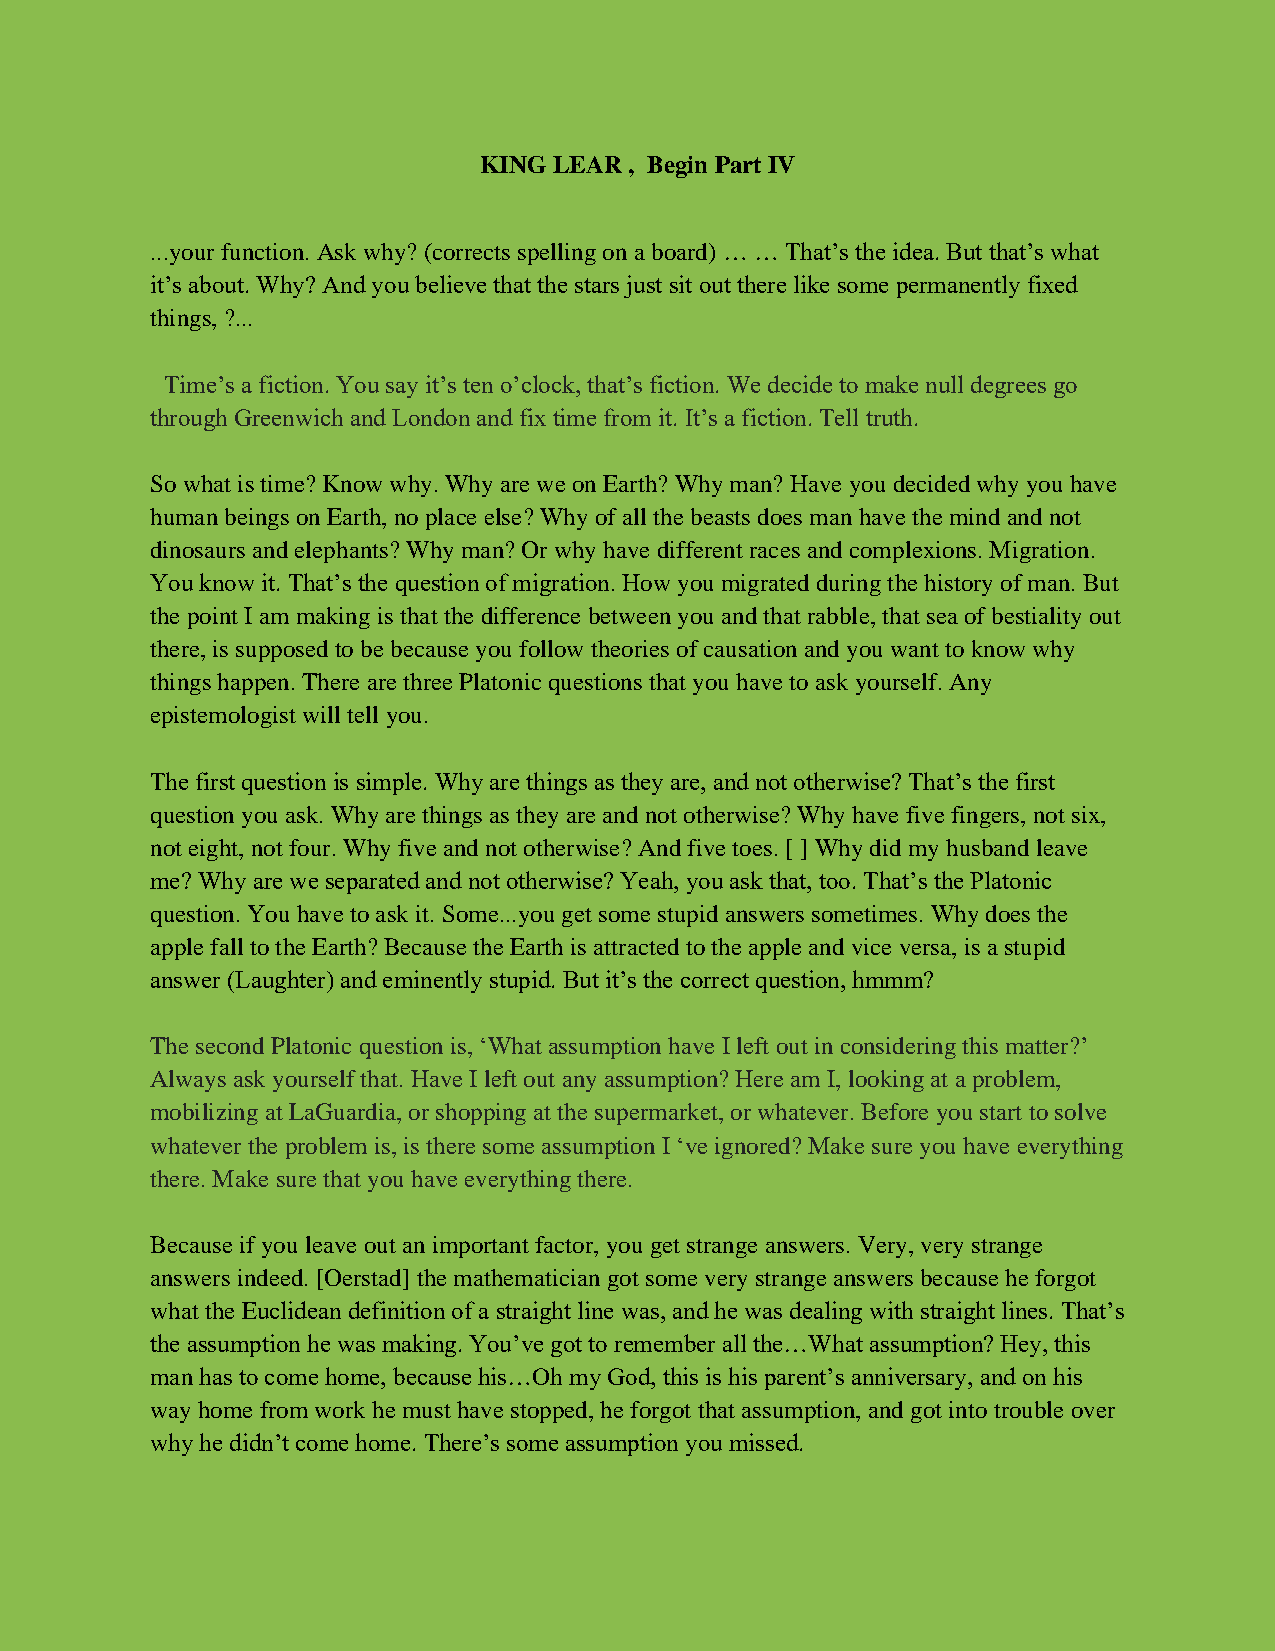
KING LEAR , Begin Part IV
 ...your function. Ask why? (corrects spelling on a board) … … That’s the idea. But that’s what
 it’s about. Why? And you believe that the stars just sit out there like some permanently fixed
 things, ?...
 Time’s a fiction. You say it’s ten o’clock, that’s fiction. We decide to make null degrees go
 through Greenwich and London and fix time from it. It’s a fiction. Tell truth.
 So what is time? Know why. Why are we on Earth? Why man? Have you decided why you have
 human beings on Earth, no place else? Why of all the beasts does man have the mind and not
 dinosaurs and elephants? Why man? Or why have different races and complexions. Migration.
 You know it. That’s the question of migration. How you migrated during the history of man. But
 the point I am making is that the difference between you and that rabble, that sea of bestiality out
 there, is supposed to be because you follow theories of causation and you want to know why
 things happen. There are three Platonic questions that you have to ask yourself. Any
 epistemologist will tell you.
 The first question is simple. Why are things as they are, and not otherwise? That’s the first
 question you ask. Why are things as they are and not otherwise? Why have five fingers, not six,
 not eight, not four. Why five and not otherwise? And five toes. [ ] Why did my husband leave
 me? Why are we separated and not otherwise? Yeah, you ask that, too. That’s the Platonic
 question. You have to ask it. Some...you get some stupid answers sometimes. Why does the
 apple fall to the Earth? Because the Earth is attracted to the apple and vice versa, is a stupid
 answer (Laughter) and eminently stupid. But it’s the correct question, hmmm?
 The second Platonic question is, ‘What assumption have I left out in considering this matter?’
 Always ask yourself that. Have I left out any assumption? Here am I, looking at a problem,
 mobilizing at LaGuardia, or shopping at the supermarket, or whatever. Before you start to solve
 whatever the problem is, is there some assumption I ‘ve ignored? Make sure you have everything
 there. Make sure that you have everything there.
 Because if you leave out an important factor, you get strange answers. Very, very strange
 answers indeed. [Oerstad] the mathematician got some very strange answers because he forgot
 what the Euclidean definition of a straight line was, and he was dealing with straight lines. That’s
 the assumption he was making. You’ve got to remember all the…What assumption? Hey, this
 man has to come home, because his…Oh my God, this is his parent’s anniversary, and on his
 way home from work he must have stopped, he forgot that assumption, and got into trouble over
 why he didn’t come home. There’s some assumption you missed.